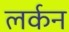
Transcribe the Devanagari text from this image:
लर्कन